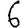
Digit: 6